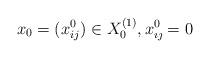
LaTeX: \begin{align*} x_0 =(x^0_{ij}) \in X_0^{(1)} ,x^0_{\imath \jmath} =0 \end{align*}